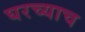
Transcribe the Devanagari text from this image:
घरच्याच